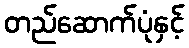
တည်ဆောက်ပုံနှင့်